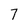
Character: 7